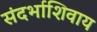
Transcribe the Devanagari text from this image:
संदर्भाशिवाय